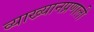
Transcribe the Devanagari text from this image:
व्याख्यानप्रणाली